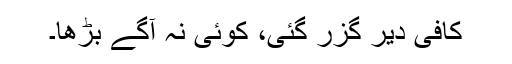
کافی دیر گزر گئی، کوئی نہ آگے بڑھا۔